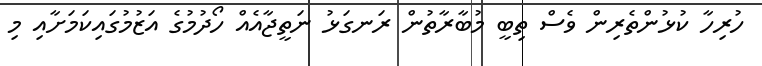
ހުރިހާ ކުޅުންތެރިން ވެސް ތިބީ މުބާރާތުން ރަނގަޅު ނަތީޖާއެއް ހޯދުމުގެ އަޒުމުގައިކަމަށާއި މި